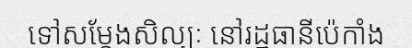
ទៅសម្តែងសិល្បៈ នៅរដ្ឋធានីប៉េកាំង